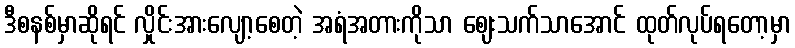
ဒီစနစ်မှာဆိုရင် လှိုင်းအားလျော့စေတဲ့ အရံအတားကိုသာ ဈေးသက်သာအောင် ထုတ်လုပ်ရတော့မှာ